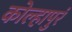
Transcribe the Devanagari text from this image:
कोल्हापुरं